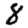
Digit: 8